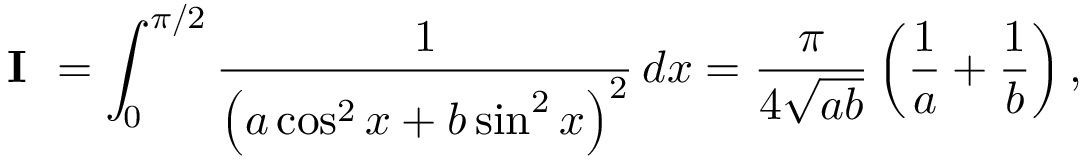
{ \textbf { I } } = \int _ { 0 } ^ { \pi / 2 } { \frac { 1 } { \left( a \cos ^ { 2 } x + b \sin ^ { 2 } x \right) ^ { 2 } } } \, d x = { \frac { \pi } { 4 { \sqrt { a b } } } } \left( { \frac { 1 } { a } } + { \frac { 1 } { b } } \right) ,